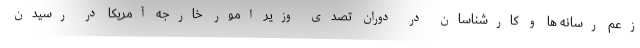
زعم رسانه ها و کارشناسان در دوران تصدی وزیر امور خارجه آمریکا در رسیدن